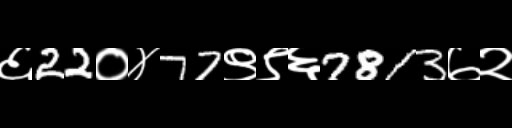
Text: ६22०४77९९६7813७२